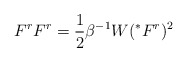
\begin{align*}F^{r}F^{r}=\frac{1}{2}\beta ^{-1}W(^{*}F^r)^{2} \end{align*}